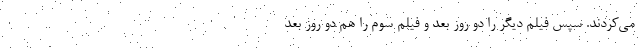
می‌کردند. سپس فیلم دیگر را دو روز بعد و فیلم سوم را هم دو روز بعد